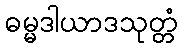
ဓမ္မဒါယာဒသုတ္တံ